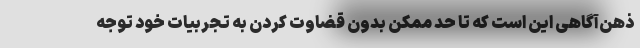
ذهن‌آگاهی این است که تا حد ممکن بدون قضاوت کردن به تجربیات خود توجه